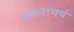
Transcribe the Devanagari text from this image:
प्रकशवर्ष